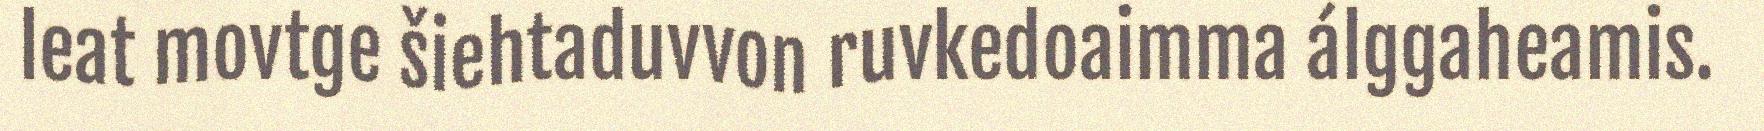
leat movtge šiehtaduvvon ruvkedoaimma álggaheamis.